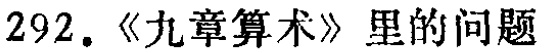
292. 《九章算术》里的问题